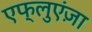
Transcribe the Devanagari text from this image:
एफ्लुएंज़ा